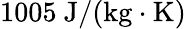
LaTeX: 1005\mathrm{~J}/(\mathrm{kg}\cdot\mathrm{K})